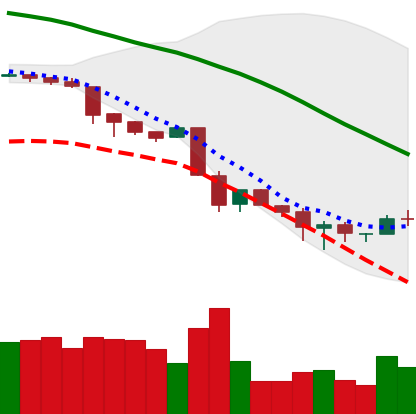
Ticker: BNB-USD
Chart end date: 2018-11-29
Forward return: 9.991%
Label: up_7plus